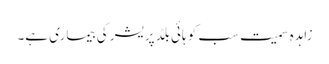
زاہدہ سمیت سب کو ہائی بلڈ پریشر کی بیماری ہے۔